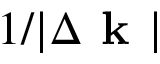
1 / | \Delta \textbf { k } |